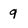
Character: q